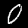
Digit: 0